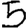
Digit: 5